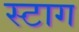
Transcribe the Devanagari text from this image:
स्टाग